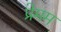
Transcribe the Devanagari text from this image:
प्रेमम